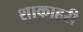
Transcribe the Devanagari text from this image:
शाकाहरी